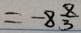
= - 8 \frac { 8 } { 3 }